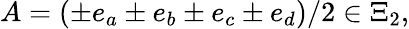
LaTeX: A=(\pm e_{a}\pm e_{b}\pm e_{c}\pm e_{d})/2\in\Xi_{2},